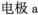
电极a